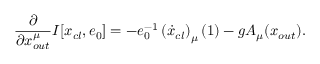
\frac { \partial } { \partial { x } _ { o u t } ^ { \mu } } I [ x _ { c l } , e _ { 0 } ] = - e _ { 0 } ^ { - 1 } \left( \dot { x } _ { c l } \right) _ { \mu } ( 1 ) - g A _ { \mu } ( x _ { o u t } ) .